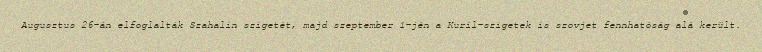
Augusztus 26-án elfoglalták Szahalin szigetét, majd szeptember 1-jén a Kuril-szigetek is szovjet fennhatóság alá került.